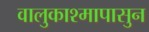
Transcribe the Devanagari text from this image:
वालुकाश्मापासुन